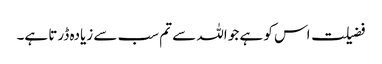
فضیلت اس کو ہے جو اللہ سے تم سب سے زیادہ ڈرتا ہے۔